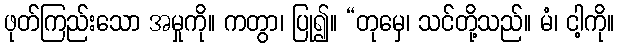
ဖုတ်ကြည်းသော အမှုကို။ ကတွာ၊ ပြု၍။ “တုမှေ၊ သင်တို့သည်။ မံ၊ ငါ့ကို။